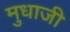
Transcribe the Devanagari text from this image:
मुधाजी